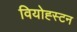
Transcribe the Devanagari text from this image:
वियोह्स्टन